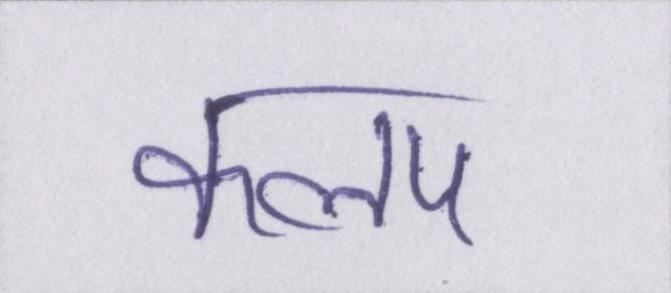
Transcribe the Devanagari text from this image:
कलप